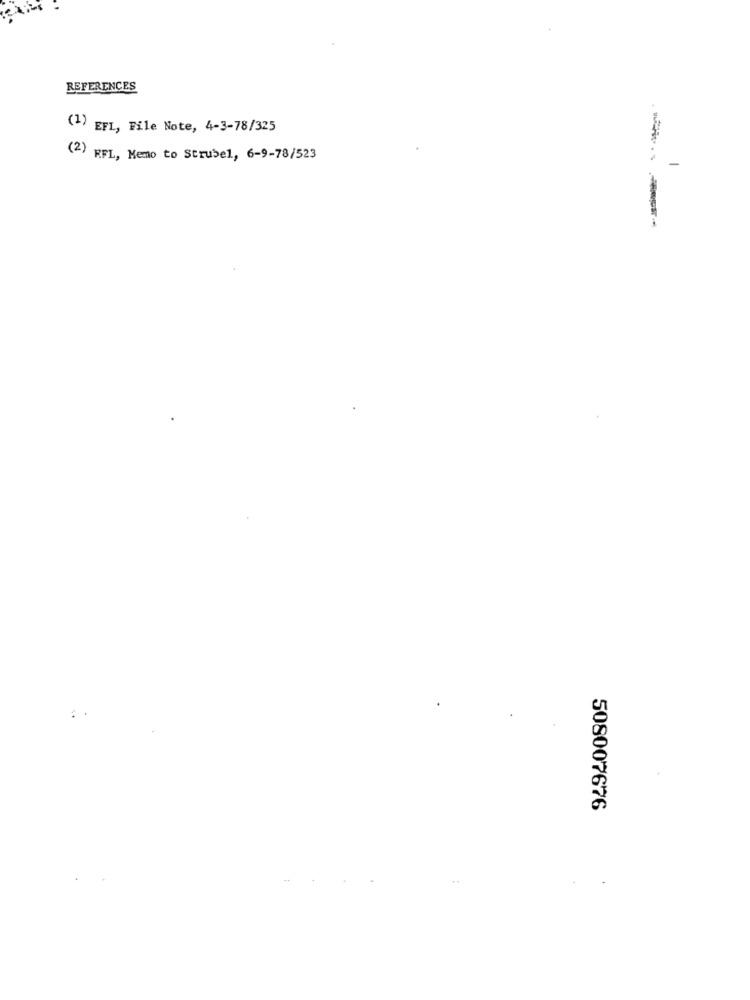
REFERENCES
(1) EFL, File Note, 4-3-78/325
(2) RFL, Memo to Strubel, 6-9-78/523
----
:.
508007676